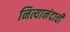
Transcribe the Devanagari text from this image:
नित्यानंदाची